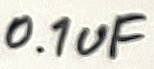
Text: 0.1uF